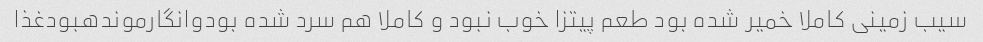
سیب زمینی کاملا خمیر شده بود طعم پیتزا خوب نبود و کاملا هم سرد شده بودوانگارموندهبودغذا